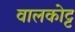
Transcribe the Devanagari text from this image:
वालकोट्ट